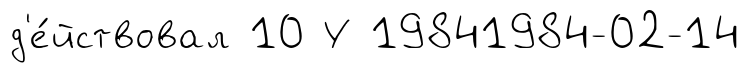
д'е́йствовал 10 У 19841984-02-14